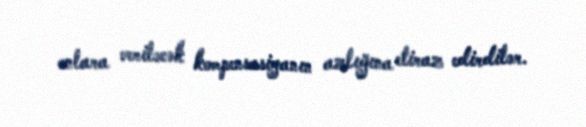
onlara veriləcək kompensasiyanın azlığına etiraz edirdilər.